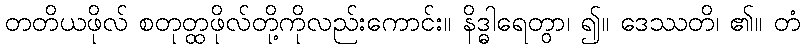
တတိယဖိုလ် စတုတ္ထဖိုလ်တို့ကိုလည်းကောင်း။ နိဒ္ဓါရေတွာ၊ ၍။ ဒေဿတိ၊ ၏။ တံ